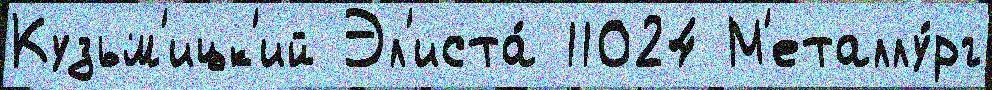
Кузьм'ицк'ий Эл'иста́ 11024 М'еталлу́рг